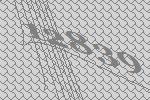
12839